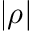
| \rho |